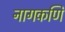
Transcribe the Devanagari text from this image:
नागकणि